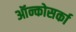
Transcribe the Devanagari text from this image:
ऑन्कोसर्का